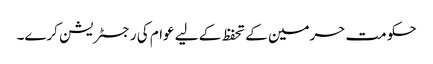
حکومت حرمین کے تحفظ کے لیے عوام کی رجسٹریشن کرے۔